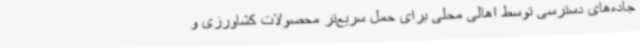
جاده‌های دسترسی توسط اهالی محلی برای حمل سریع‌تر محصولات کشاورزی و